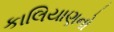
કાલિયાણનો